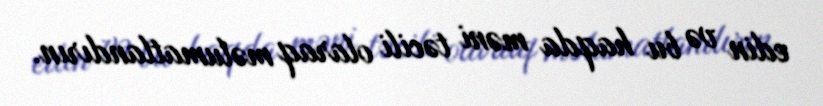
edin və bu haqda məni təcili olaraq məlumatlandırın.